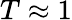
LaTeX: T\approx 1